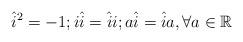
LaTeX: \begin{align*}{\hat{i}}^2 =-1 ;i\hat{i}= \hat{i}i ; a\hat{i}=\hat{i}a,\forall a \in \mathbb{R}\end{align*}